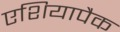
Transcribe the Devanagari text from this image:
एशियापैक